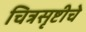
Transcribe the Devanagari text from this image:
चित्रसृष्टीचे